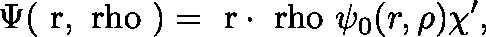
\Psi ( \mathrm { \boldmath ~ r , \ r h o ~ } ) = \mathrm { \boldmath ~ r \cdot \ r h o ~ } \psi _ { 0 } ( r , \rho ) \chi ^ { \prime } ,